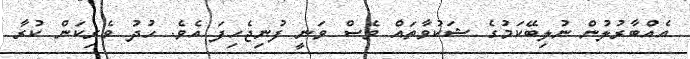
އެއްބާރުލުން ނުލިބޭކަމުގެ ޝަކުވާތައް ވެސް ވަނީ ފުނިޖެހިފަ އެވެ. ހުދު ވެރިކަން ކުރާ